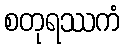
စတုရဿကံ